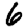
Digit: 6